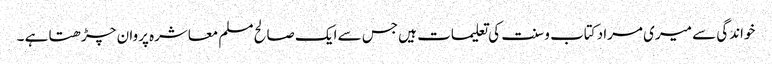
خواندگی سے میری مراد کتاب و سنت کی تعلیمات ہیں جس سے ایک صالح مسلم معاشرہ پروان چڑھتا ہے ۔